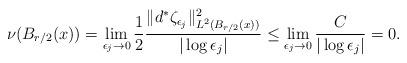
LaTeX: \begin{align*}\nu(B_{r/2}(x))=\lim_{\epsilon_j\to 0}\frac{1}{2}\frac{\|d^*\zeta_{\epsilon_j}\|_{L^2(B_{r/2}(x))}^2}{|\log\epsilon_j|}\leq \lim_{\epsilon_j\to 0} \frac{C}{|\log\epsilon_j|}=0.\end{align*}